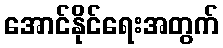
အောင်နိုင်ရေးအတွက်